Civil Veterinary Dept. Bombay admin report 1923-31 - 1923-1931
Year: 1923
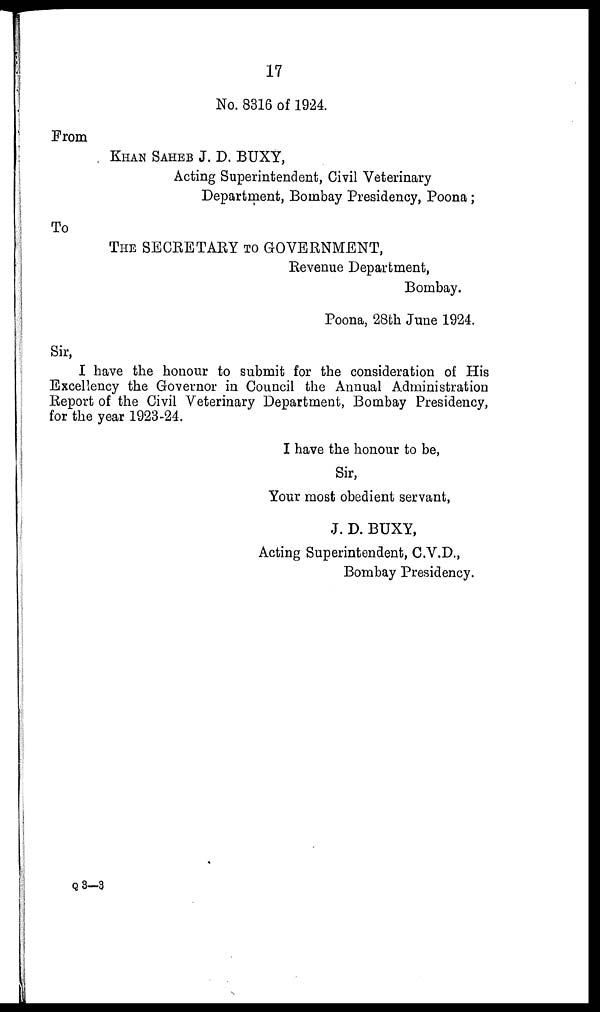
17
No. 8316 of 1924.
From
KHAN SAHEB J. D. BUXY,
Acting Superintendent, Civil Veterinary
Department, Bombay Presidency, Poona;
To
THE SECRETARY TO GOVERNMENT,
Revenue Department,
Bombay.
Poona, 28th June 1924.
Sir,
I have the honour to submit for the consideration of His
Excellency the Governor in Council the Annual Administration
Report of the Civil Veterinary Department, Bombay Presidency,
for the year 1923-24.
I have the honour to be,
Sir,
Your most obedient servant,
J. D. BUXY,
Acting Superintendent, C.V.D.,
Bombay Presidency.
Q 3—3